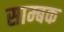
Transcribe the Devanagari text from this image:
साम्बक